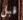
قبل